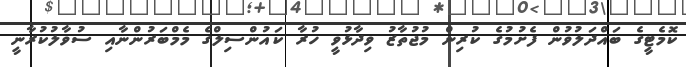
ކޮމެޓީގެ ބައްދަލުވުން ފެށުމުގެ ކުރިން މުޖުތާޒު ވިދާޅުވީ ހުރާ ކައުންސިލްގެ މެމްބަރުންނާއި ސުވާލުކުރާނީ